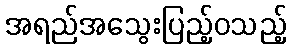
အရည်အသွေးပြည့်ဝသည့်